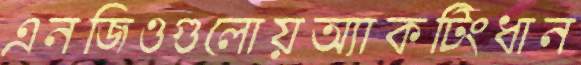
এনজিওগুলোয়অ্যাকটিংধান